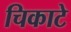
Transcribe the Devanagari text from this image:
चिकाटे